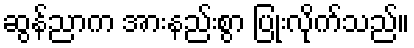
ဆွန်ညာက အားနည်းစွာ ပြုံးလိုက်သည်။